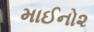
માઈનો૨